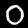
Label: 0